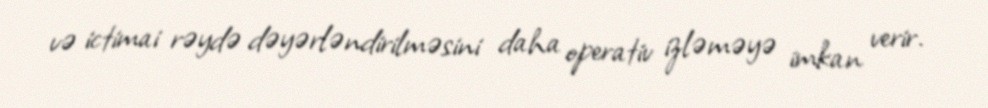
və ictimai rəydə dəyərləndirilməsini daha operativ izləməyə imkan verir.